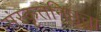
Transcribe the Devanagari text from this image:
संस्कृतनिष्ठता